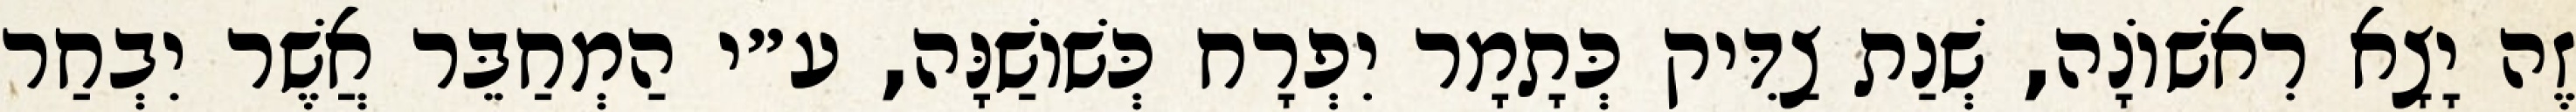
זֶה יָצָא רִאשׁוֹנָה, שְׁנַת צַדִּיק כְּתָמָר יִפְרָח כְּשׁוֹשַׁנָּה, ע״י הַמְחַבֵּר אֲשֶׁר יִבְחַר